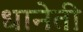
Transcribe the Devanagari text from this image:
धानेती